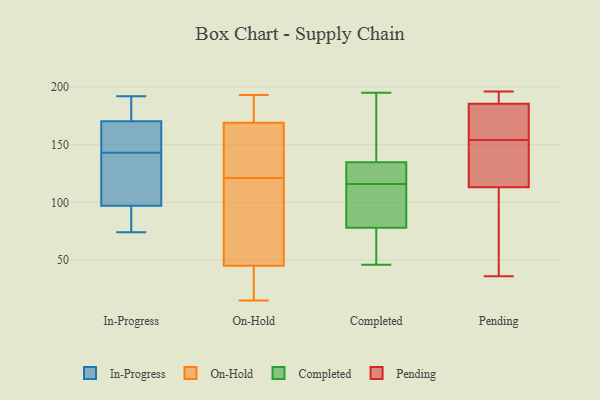
{"axis": {"x": "Population (Million)", "y": "Value"}, "legend": ["Completed", "In-Progress", "On-Hold", "Pending"], "data": [{"x": "", "y": 184, "type": "In-Progress"}, {"x": "", "y": 174, "type": "In-Progress"}, {"x": "", "y": 98, "type": "In-Progress"}, {"x": "", "y": 143, "type": "In-Progress"}, {"x": "", "y": 86, "type": "In-Progress"}, {"x": "", "y": 98, "type": "In-Progress"}, {"x": "", "y": 74, "type": "In-Progress"}, {"x": "", "y": 146, "type": "In-Progress"}, {"x": "", "y": 119, "type": "In-Progress"}, {"x": "", "y": 192, "type": "In-Progress"}, {"x": "", "y": 94, "type": "In-Progress"}, {"x": "", "y": 161, "type": "In-Progress"}, {"x": "", "y": 169, "type": "In-Progress"}, {"x": "", "y": 169, "type": "On-Hold"}, {"x": "", "y": 15, "type": "On-Hold"}, {"x": "", "y": 43, "type": "On-Hold"}, {"x": "", "y": 71, "type": "On-Hold"}, {"x": "", "y": 45, "type": "On-Hold"}, {"x": "", "y": 143, "type": "On-Hold"}, {"x": "", "y": 146, "type": "On-Hold"}, {"x": "", "y": 89, "type": "On-Hold"}, {"x": "", "y": 188, "type": "On-Hold"}, {"x": "", "y": 193, "type": "On-Hold"}, {"x": "", "y": 39, "type": "On-Hold"}, {"x": "", "y": 189, "type": "On-Hold"}, {"x": "", "y": 140, "type": "On-Hold"}, {"x": "", "y": 102, "type": "On-Hold"}, {"x": "", "y": 132, "type": "Completed"}, {"x": "", "y": 79, "type": "Completed"}, {"x": "", "y": 78, "type": "Completed"}, {"x": "", "y": 46, "type": "Completed"}, {"x": "", "y": 143, "type": "Completed"}, {"x": "", "y": 130, "type": "Completed"}, {"x": "", "y": 116, "type": "Completed"}, {"x": "", "y": 145, "type": "Completed"}, {"x": "", "y": 195, "type": "Completed"}, {"x": "", "y": 78, "type": "Completed"}, {"x": "", "y": 121, "type": "Completed"}, {"x": "", "y": 55, "type": "Completed"}, {"x": "", "y": 82, "type": "Completed"}, {"x": "", "y": 195, "type": "Pending"}, {"x": "", "y": 130, "type": "Pending"}, {"x": "", "y": 125, "type": "Pending"}, {"x": "", "y": 36, "type": "Pending"}, {"x": "", "y": 166, "type": "Pending"}, {"x": "", "y": 109, "type": "Pending"}, {"x": "", "y": 196, "type": "Pending"}, {"x": "", "y": 157, "type": "Pending"}, {"x": "", "y": 46, "type": "Pending"}, {"x": "", "y": 154, "type": "Pending"}, {"x": "", "y": 192, "type": "Pending"}]}